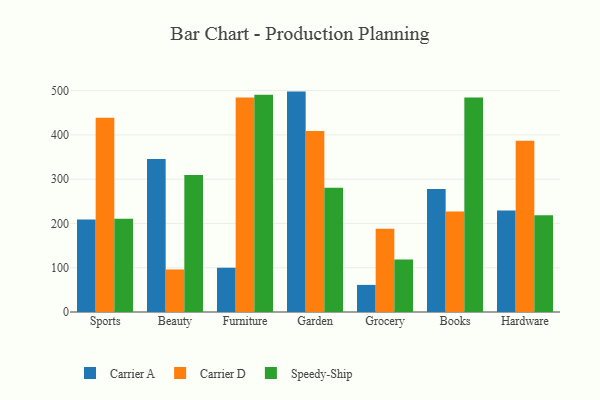
{"axis": {"x": "Category", "y": "Gross Profit (USD K)"}, "legend": ["Carrier A", "Carrier D", "Speedy-Ship"], "data": [{"x": "Sports", "y": 208.9, "type": "Carrier A"}, {"x": "Sports", "y": 438.8, "type": "Carrier D"}, {"x": "Sports", "y": 210.4, "type": "Speedy-Ship"}, {"x": "Beauty", "y": 345.4, "type": "Carrier A"}, {"x": "Beauty", "y": 96.1, "type": "Carrier D"}, {"x": "Beauty", "y": 309.4, "type": "Speedy-Ship"}, {"x": "Furniture", "y": 100.0, "type": "Carrier A"}, {"x": "Furniture", "y": 484.6, "type": "Carrier D"}, {"x": "Furniture", "y": 490.5, "type": "Speedy-Ship"}, {"x": "Garden", "y": 497.8, "type": "Carrier A"}, {"x": "Garden", "y": 408.7, "type": "Carrier D"}, {"x": "Garden", "y": 280.6, "type": "Speedy-Ship"}, {"x": "Grocery", "y": 61.2, "type": "Carrier A"}, {"x": "Grocery", "y": 188.2, "type": "Carrier D"}, {"x": "Grocery", "y": 118.8, "type": "Speedy-Ship"}, {"x": "Books", "y": 277.8, "type": "Carrier A"}, {"x": "Books", "y": 227.2, "type": "Carrier D"}, {"x": "Books", "y": 484.2, "type": "Speedy-Ship"}, {"x": "Hardware", "y": 229.1, "type": "Carrier A"}, {"x": "Hardware", "y": 386.6, "type": "Carrier D"}, {"x": "Hardware", "y": 218.4, "type": "Speedy-Ship"}]}